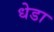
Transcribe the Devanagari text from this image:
धेडा